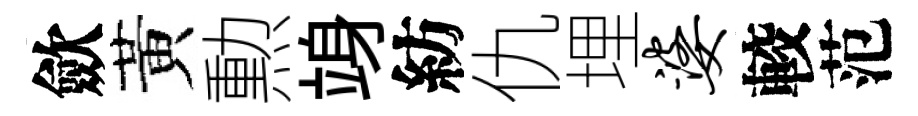
歛黃勲竧紡仇埋婆較范